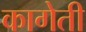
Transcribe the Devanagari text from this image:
कागेती